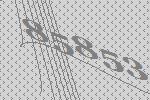
85853